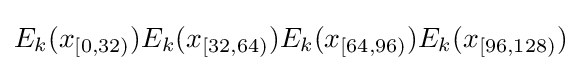
E_{k}(x_{[0,32)})E_{k}(x_{[32,64)})E_{k}(x_{[64,96)})E_{k}(x_{[96,128)})